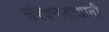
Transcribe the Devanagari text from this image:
संरचनावाद्यांनी